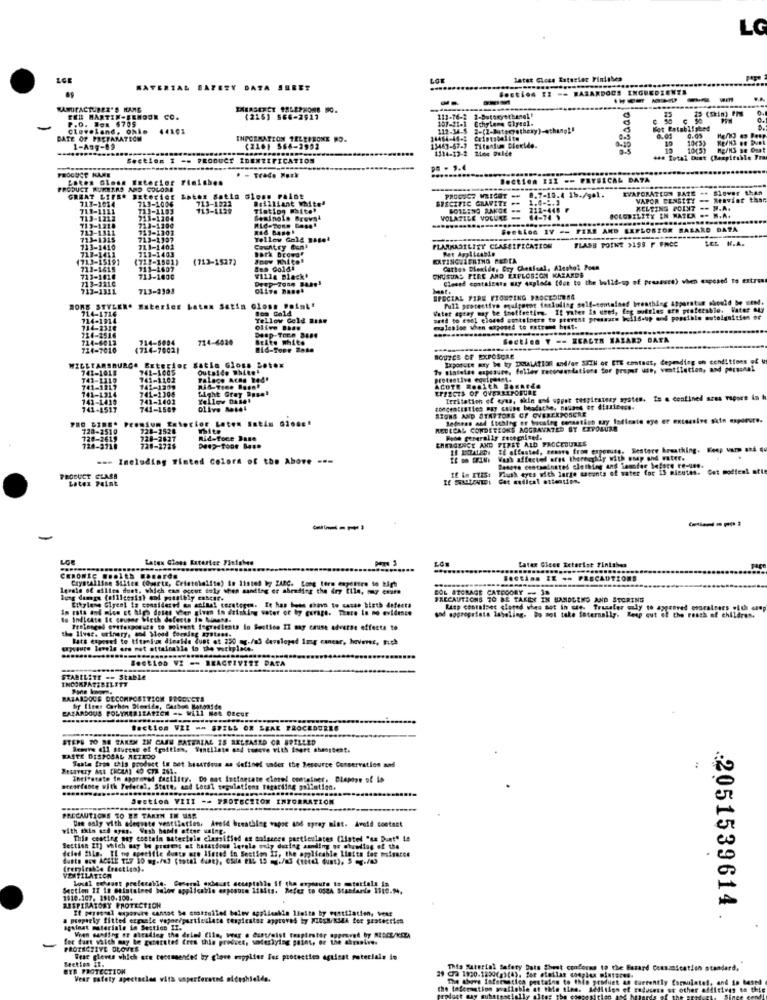
LG
later Gless Ratesier Finishes
MATERIAL BAZEZY DATA SEBET
Section 22 == HAZARDOUS INGREDIENTS
---
--
-
MANUFACTURER'S HANG
12 (Skin) the
FER MARTIN-BENOUR CO.
P.O. Box $705.
(2261 566-2917
111-76-2
101-11-1 Echylene Glycol.
2-Butoxyethanett
cleveland, Ohio
44101
Bot Established
DATE OF PREPARATICH
INFORMATION TELEERONE DO.
14464-44-5 Ccintale
10
0.05
10(3)
1-Ang-19
(2101 566-2902
13463-67-3 Titanium Dioxide.
1314-13-2 2ine Gulde
10(5]
Section I -- PRODUCT IDENTIFICATION
... total Dust (hexpirable Pra
PRODUCT KARE
PR - 1.4
........
Lates Gloss Exterior Finishes
· - Trade Mark
Section 13I == FRYSICAL DATA
PRODUCT RUMERRO AND COLORE
EVAPORATION BARE -
Slower than
GREAT LIFE* Exterior Latex Satin Gloss Paint
713-1014
713-1006
713-1922
Brilliant White'
SPECIFIC GRAVITY .. 1.4.2.3
8.7-10.4 1b./ga1.
VAPOR CENSITY -- Araviat thar.
713-1111
711-1103
113-1129
Tiating White'
212-448
BOLOBILITY IN WATER .- N.A.
MELTING POINT -- B.A.
713-1212
71 9-1218
713-1204
Seminole Brevs
VOLATILE VOLLEE - 64-74 1
713-1311
713-1200
713-1101
Seetion IV -- FIRE AND LEFLOSZOR RASARD DATA
713-1315
713-1197
Tellev Gold
FLASB POINE >199 F FACC
LEL N.A.
713-1411
713-1410
713-1402
711-1403
Country Bunt
Batk Browar
FLAMKASTLISY CLASSIFICATION
(713-15191
(711-1501)
(713-1527)
EXTINGHAENTHO PEDIA
713-1615
913-1607
Bes Gold!
CHUSUAS FIRE AND EXPLOSION KAZARDE
Cation Dieside, Bry Chesisal, Alcohol Poon
713-1018
713-3210
713-1000
Villa Black'
Closed containers may explode (don to the Wild-up of pressure) when exposed to extras
713-1311
713-2303
olive nanet
hast.
SPECIAL FIRE VIONTING PROCEDURA4
Full protective equipoent foskuling self-contained breathing apparatus should be wend.
MOMS STYLEM* Esterice Laten Satin closs Poiatt
714-1716
Vater apray may te inoffreting. Il raten in uwed, fag sutries ere preferable. Vater muy
714-1914
Yellow Gold Bis.
said to enel closed containers to prevent pressure bells-up and possible outolgnition er
714-2316
exalesise when exposed to extreme hest.
124-2516
714-4012
714-5004
714-4020
Deep-Toc.e 3484
Brite white
Secties Y == ZEALIR HASARD DATA
734-7010
(714-7002)
ROUTES OF EXPOSURE
Exponate may be by IMALAT198 and/or SICH of ETE contact, depending on conditions of
WILLIAMSBURG# Exterior Satla Gloss botox
741-1018
742-1005
Outaldo White'
Ty sintetas exposure, follow recommendations for proper ut, ventilation, and personal
741-1310
741-1103
Palace Acho Bod'
protective equipesst.
741-1217
741-1314
142-1209
741-1304
Light Grey Basel
EFFECTS OF OVERREPOSURE
ACUTE Roaith Sanarde
741-1415
741-1402
Yellow Dhlet
Irritation of eras, skin and upper respiratory system. Is a confined sres vapors in h
741-4517
741-1509
olive Metal
SIONS AND STAYTONS OF OVEREXPOSCRE
PRO SINE* Premium Exterior Laten Satin 616 .**
728-2
MEDICAL CONDETEONS AGGRAVATED BT EXPOSURE
Rid-foce Base
CHERGENCY AND FIRST AID FACCEDURES
Fone generally recognised.
724-3718
728-2726
TE INTALEDe IE oftastel, trasve from esponits. Sestore breathing. Keep van and qu
=== Including Tinted Colors of the Above ---
War affectel ores therecykly with oup und vater.
Baseve contaminated clothing and iamfar before re-ung.
Flush eyes with large sasunts of water for 15 minutes. Cet modtest atte
PRODUCT CLASS
Latex Faint
-
LGE
Laten Cions Ruterter Finishes
Later Gleee Exterist Finishes
Crystalline Suites (overta, Cristolalite) in listed by ZARC. Long term exposure to high
Section IE .* PRECAUTIONS
-------
levels of ailles dust, which can occur toly then sanding er abrading the iry tile, muy emure
BOL STORAGE CATEGORY -- 38
PRECAUTIONS TO BE TAKEY IN HANDLING AND STORING
In this and mles st high doses when given in dataking water or by garage. There Is no evidence
Etkylene Glyent is considered an actual ceratogen. It has hote chovo to casas birth defects
Ruep contalpec stored whas not in use- Trusaler guly to approved oracalrers of the crop
Is Indicate It cousas Wieth defecto in Minens.
and aggregriste labeling. Do not take internally. Reap cut of the reach of children.
the lives. urinary, 4 Mload forasag aystans.
Prolonged erstesgoruce to golvent fegredients in Section II may cause adverse effects to
Bath exposed to Itonium dinside lues at 250 mg./m3 developed Img canear, hevenes, Fich
exposure levels are not attainable to the workplace.
Section VI -- REACTIVIST DATA
STABILSTE -- Stable
RAZASDOCS DECOMPOSITION FOGOKCTS
BAZARDOUS POLYMERITATION -- Will Not Oteur
bif flees Cerben Sieride, Carbon Betaalde
Section VZI == SPILL OR SEAL PROCEDURES
STEPS TO BE TAKEN IN CAEN BATERIAL IS RELEASED OR SPILLED
Remove all sturees of foitien, Ventilate and tomove with Isert sheogbeat.
WASTE DISPOSAL METEDO
Santa from this product in set hisarious as defined under the Resource Conservation and
Beurery Ast CHCIA) 40 CZ 261-
cearfaste with Federal, State, and Local regulations terarding pollution.
Section VIII -- PROTECTION INFORMATION
PRECAUTIONS TO BE TAKEN IN NAR
Die saly with adequate ventilation, Aveld breathing vapor and spray mint. Avoid contact
with thin and ayas. Wash hands after using.
This coating may contain matecinin classified es solacees partieulates (listel "sz Bunt" Is
Bestien It] which may be present at hazardous levels only during aunding ou ohunding of the
(cied film. TE ne ageeffle dunto are Ifsted in Section If, the applicable Lintts fee minacce
Busts wow ACSIE TE7 30 mg./w3 (total duat), CHIA ELL 15 -. /a3 (thiel dumt), 5 g./t3
(remirakie fraction).
VENTILATION
. Sf the exposure to orarials in
Section II in etintaimed below applicable enposture Iibits. Refer to OS24 Standards 1110.94.
1910.107. 3510.100.
RESPIRATORY PROTECTION
If personal exporvee cannot be ctatrolled below agpilmakin Iteits by ventilation, Meat
a properly fitted erganle vaporiparticulate tespicstoz approved by X165H/KSZA for protection
:2051539614 .
against materiale in Section Il.
for dumt which may be gurersted fren this product, soderlying paint, oe the chrselve.
PROTECTIVE BŁOVER
Section Il.
That gleves which ate cecsmaended by glove mppiter Fer protection against ratecials in
BYS PROTECTION
This Material Safety Dats #h
conforms to the Bazard Consamication standard,
Vear safety spectacles with usperforated øldeshields.
The shore informatics postal
to this product as currently formulated, and is based
the taformation available at eat
tine. Addition of gaducess st other affitives to thie